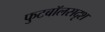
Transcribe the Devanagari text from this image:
फुटबॉलसदृश